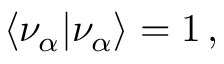
\langle \nu _ { \alpha } | \nu _ { \alpha } \rangle = 1 \, ,